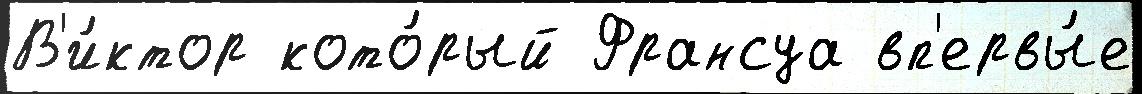
В'и́ктор кото́рый Франсуа вп'ервы́е